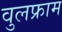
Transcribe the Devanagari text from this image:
वुलफ्राम